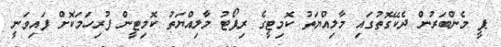
ޕީ މެންބަރުން ދެކޭގޮތުގައި މާލިއްޔަތު ކޮމިޓީގެ ރިޕޯޓު މާލިއްޔަތު ކޮމިޓީން ފުރިހަމަކޮށް ފައިވަނީ